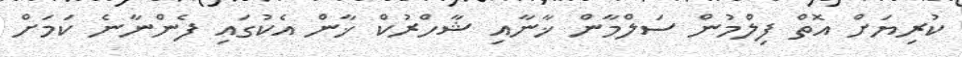
ކުރިޔަށް އޮތް ފިލްމުން ސަލްމާން ޚާނާއި ޝާހްރުކް ޚާން އެކުގައި ފެންނާނެ ކަމަށް